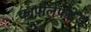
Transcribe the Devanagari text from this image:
कापीलेफटेड